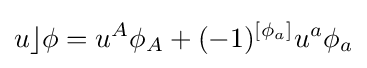
u\rfloor \phi =u^{A}\phi _{A}+(-1)^{[\phi _{a}]}u^{a}\phi _{a}